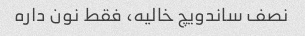
نصف ساندویچ خالیه، فقط نون داره